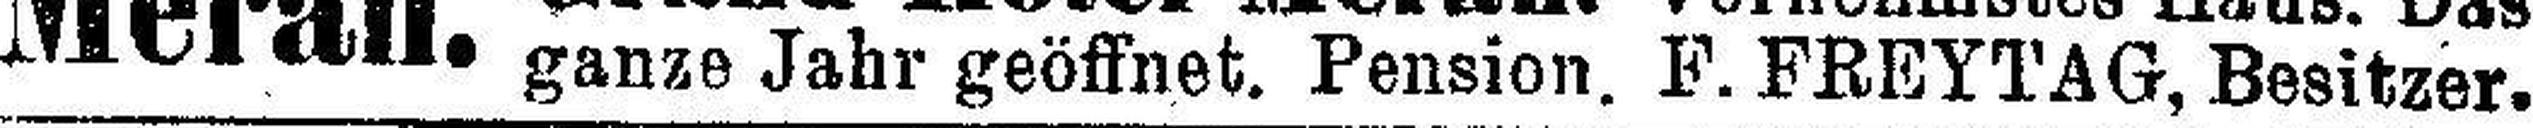
ganze Jahr geöffnet. Pension. F. FREYTAG, Besitzer.